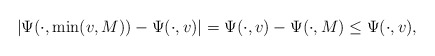
\begin{align*}|\Psi(\cdot,\min(v,M))-\Psi(\cdot,v)|=\Psi(\cdot,v)-\Psi(\cdot,M)\leq\Psi(\cdot,v),\end{align*}